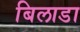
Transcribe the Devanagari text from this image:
बिलाडा